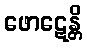
ဖောဋေန္တိ